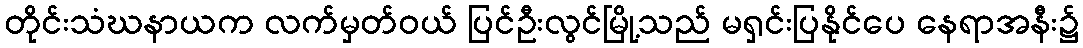
တိုင်းသံဃနာယက လက်မှတ်ဝယ် ပြင်ဦးလွင်မြို့သည် မရှင်းပြနိုင်ပေ နေရာအနီး၌